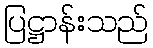
ပြဋ္ဌာန်းသည်